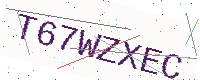
Text: T67WZXEC